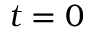
t = 0